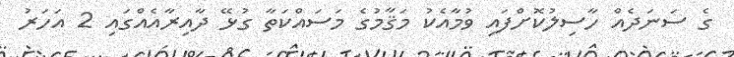
ގެ ސަނަދެއް ހާސިލުކޮށްފައި ވުމާއެކު މަޤާމުގެ މަސައްކަތާ ގުޅޭ ދާއިރާއެއްގައި 2 އަހަރު